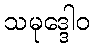
သမုဒ္ဒေါဝ